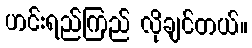
ဟင်းရည်ကြည် လိုချင်တယ်။